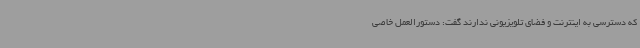
که دسترسی به اینترنت و فضای تلویزیونی ندارند گفت: دستورالعمل خاصی